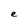
Character: e